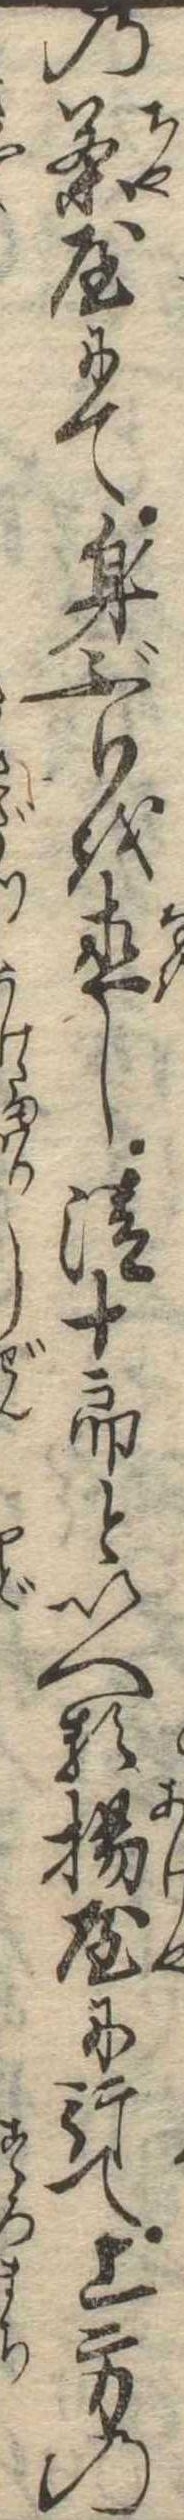
の茶屋にて身ぶりを直し清十郎といへる揚屋に行て上方の